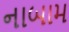
નાબામ